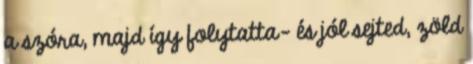
a szóra, majd így folytatta- és jól sejted, zöld